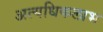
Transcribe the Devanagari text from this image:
अत्यधिकलाभ